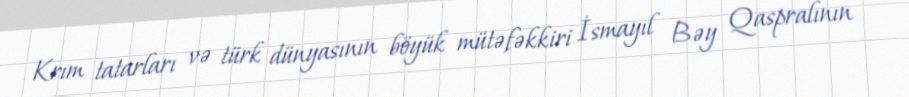
Krım tatarları və türk dünyasının böyük mütəfəkkiri İsmayıl Bəy Qaspralının